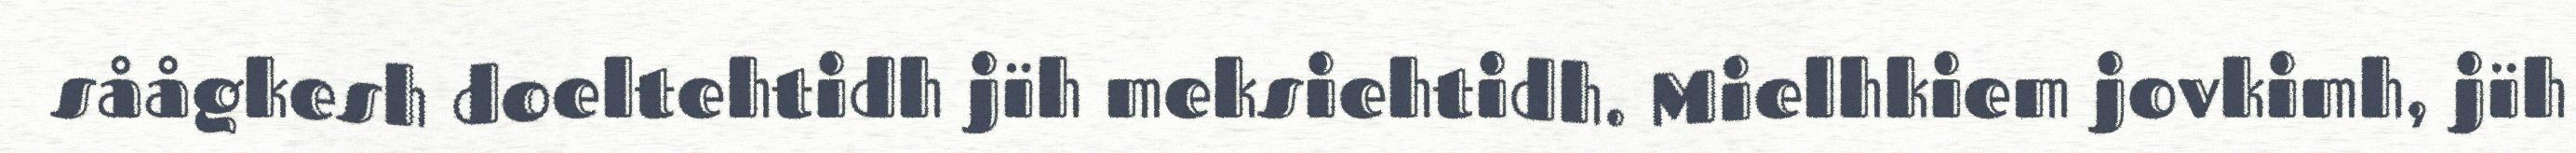
såågkesh doeltehtidh jïh meksiehtidh. Mielhkiem jovkimh, jïh